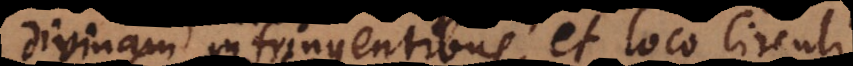
divinam infringentibus; et loco circuli